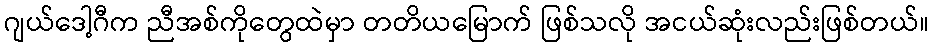
ဂျယ်ဒေါ့ဂီက ညီအစ်ကိုတွေထဲမှာ တတိယမြောက် ဖြစ်သလို အငယ်ဆုံးလည်းဖြစ်တယ်။